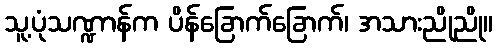
သူ့ပုံသဏ္ဍာန်က ပိန်ခြောက်ခြောက်၊ အသားညိုညို။